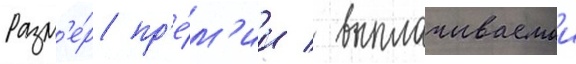
Разм'е́р пр'е́м'ии / выплачиваемои